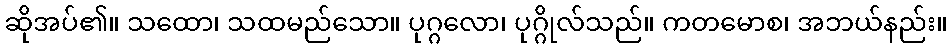
ဆိုအပ်၏။ သထော၊ သထမည်သော။ ပုဂ္ဂလော၊ ပုဂ္ဂိုလ်သည်။ ကတမောစ၊ အဘယ်နည်း။